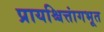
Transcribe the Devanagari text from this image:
प्रायश्चित्तांगभूत